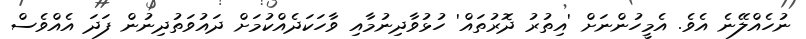
ނުހެއްލޭނެ އެވެ. އެމީހުންނަށް 'އިތުރު ދޮރުތައް' ހުޅުވާދިނުމާއި ވާހަކަދެއްކުމަށް ދައުވަތުދިނުން ފަދަ އެއްވެސް